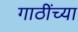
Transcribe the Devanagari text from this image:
गाठींच्या